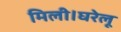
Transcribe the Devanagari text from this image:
मिली।घरेलू